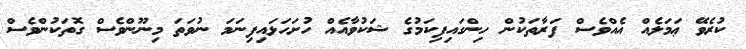
ކުރެވޭ ޢަމަލެއް އެއްވެސް ފަރާތަކުން ހިންގައިފިކަމުގެ ޝަކުވާއެއް ހުށަހަޅައިފިނަމަ ނުވަތަ މިނޫންވެސް ގޮތަކުންވެސް